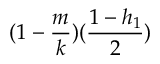
( 1 - \frac { m } { k } ) ( \frac { 1 - h _ { 1 } } { 2 } )